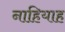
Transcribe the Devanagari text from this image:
नाहियाह